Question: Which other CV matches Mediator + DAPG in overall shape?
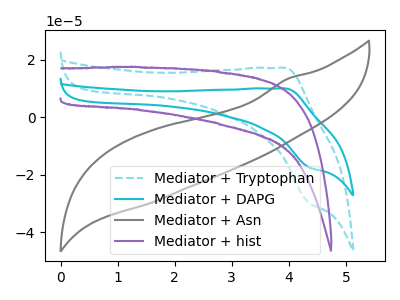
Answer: <think>The cyan dashed curve "Mediator + Tryptophan" has an anodic peak at (3.95V, 17.25uA) and a cathodic peak at (4.35V, -30.00uA). The cyan curve "Mediator + DAPG" has an anodic peak at (3.95V, 10.05uA) and a cathodic peak at (4.35V, -17.50uA). The gray curve "Mediator + Asn" has no peaks. The purple curve "Mediator + hist" has no peaks.
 All the peaks in "Mediator + Tryptophan" have a peak in "Mediator + DAPG" at the same potential. Every peak in "Mediator + Tryptophan" is higher than every peak in "Mediator + DAPG". "Mediator + Tryptophan" and "Mediator + Asn" have a different number of peaks. "Mediator + Tryptophan" and "Mediator + hist" have a different number of peaks. "Mediator + DAPG" and "Mediator + Asn" have a different number of peaks. "Mediator + DAPG" and "Mediator + hist" have a different number of peaks. Neither "Mediator + Asn" or "Mediator + hist" have any peaks.</think>
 <answer>The CV with the most similar shape to "Mediator + Tryptophan" is "Mediator + DAPG".</answer>
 <eval>"Mediator + DAPG"</eval>